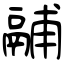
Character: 鬴